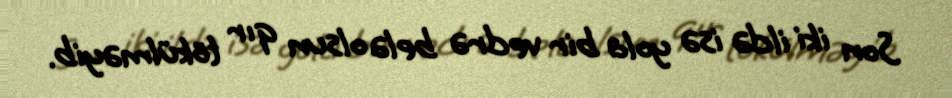
Son iki ildə isə yola bir vedrə belə olsun qır tökülməyib.